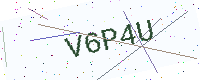
Text: V6P4U